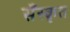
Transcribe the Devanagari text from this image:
सँस्कृत